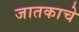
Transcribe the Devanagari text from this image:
जातकाचे